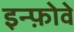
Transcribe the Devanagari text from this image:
इन्फ़ोवे